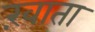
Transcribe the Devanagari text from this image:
ख़ाता